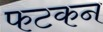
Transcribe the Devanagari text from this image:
फटकन